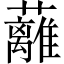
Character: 蘺